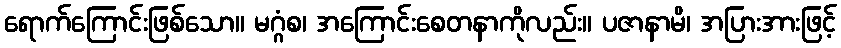
ရောက်ကြောင်းဖြစ်သော။ မဂ္ဂံစ၊ အကြောင်းစေတနာကိုလည်း။ ပဇာနာမိ၊ အပြားအားဖြင့်